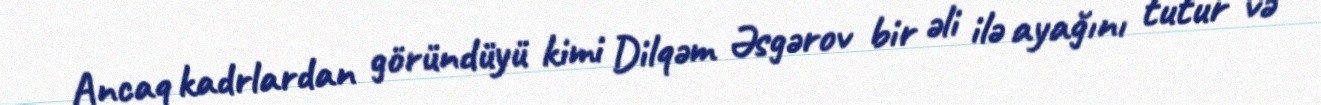
Ancaq kadrlardan göründüyü kimi Dilqəm Əsgərov bir əli ilə ayağını tutur və